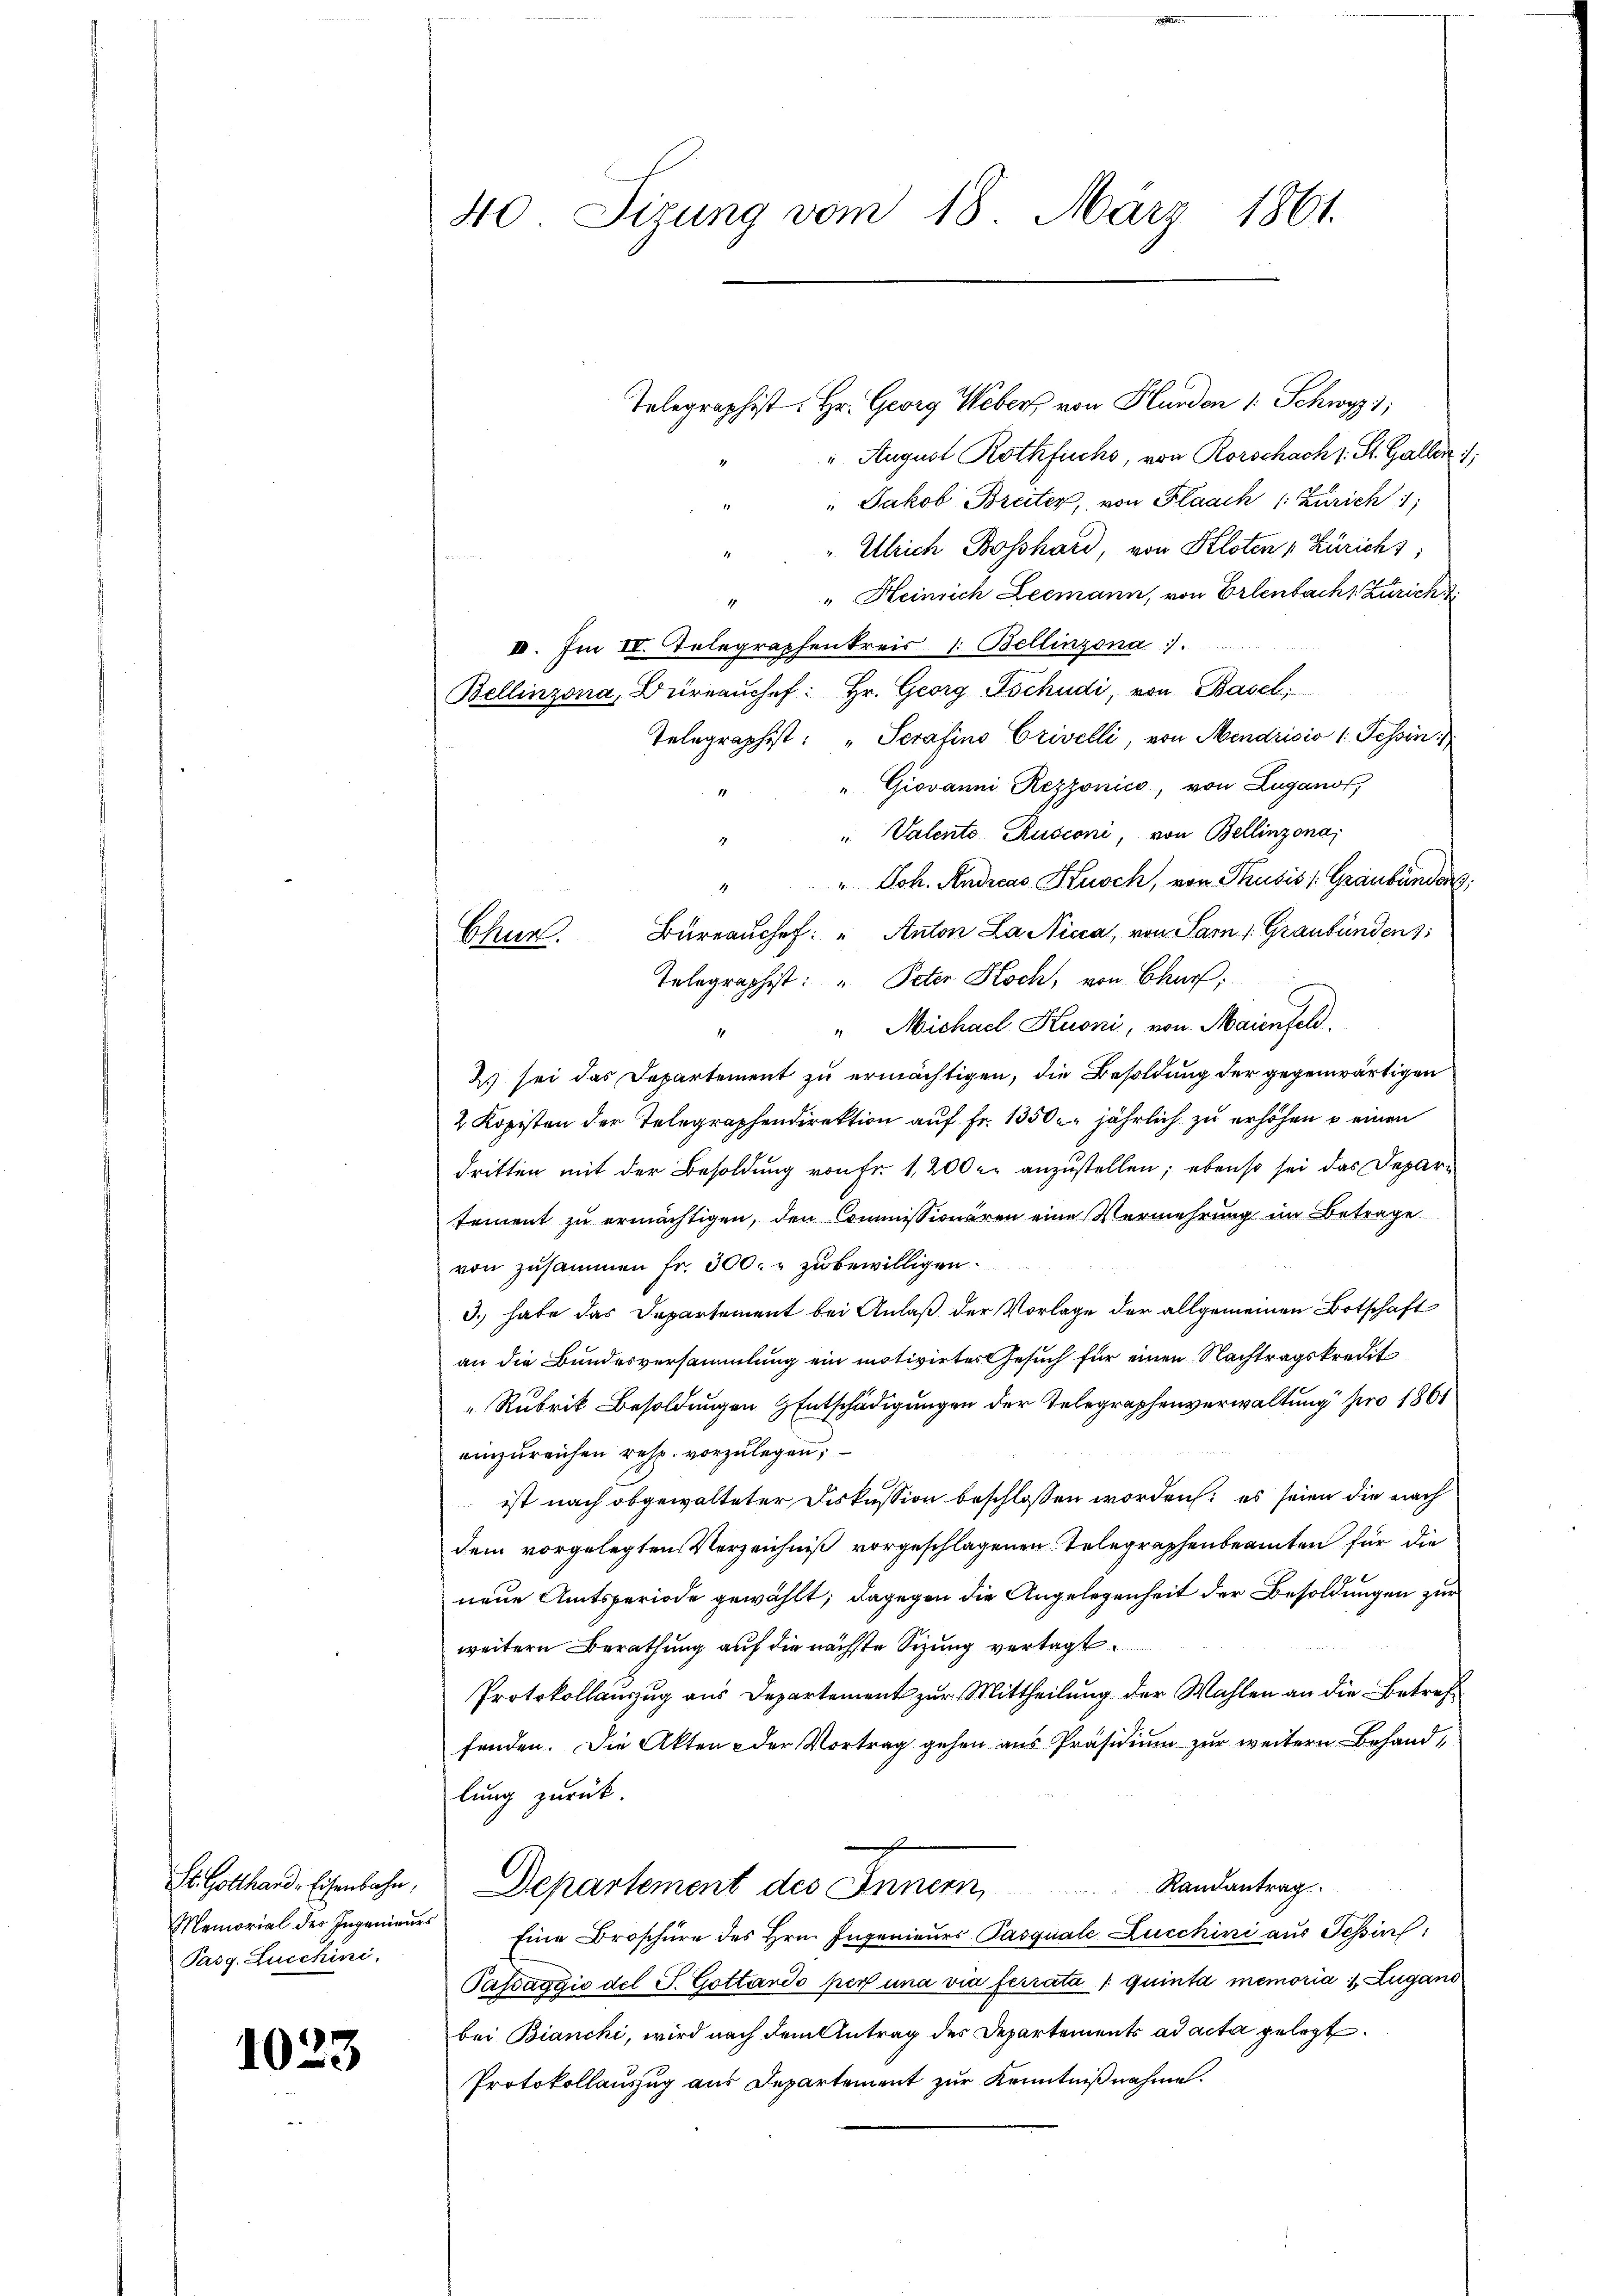
St. Gotthard, Eisenbahn,
Pasg. Lucchini,

1023

40 Sizung vom 18. März 1861.

Telegraphist. Hr. Georg Webers von Hunden 1 Schwyz;
" August Rothfuchs, von Rorschach s. St. Galler 1;
" Jakob Breiter, von Flaach (Zürich 1
" Ulrich Bosshard, von Kloten Zürichs
" " Heinrich Leemann, von Erlenbacht Züricht
II. Im IV. Telegraphenkreis 1. Bellinzona.
Bellinzona, Büreaŭchef: Hr. Georg Tschudi, von Basel,
Telegraphist: „Serafino Crivelli, von Mendrisio 1: Tessin,
" Giovanni Rezzonico, von Lugano,
17
" Valente Rusconi, von Bellinzona,
4
" " Joh. Andreas Kusch, von Thusis /: Graubünder
Chur. Büreaŭchef: " Anton La Nicca, von Par l. Graubünden,
Telegraphist: " Peter Koch, von Churf;
" Michael Kuoni, von Maienfeld.
1
2) sei das Departement zu ermächtigen, die Besoldung der gegenwärtigen
2 Kopisten der Telegraphendirektion auf Fr. 1350. jährlich zu erhöhen u einen
dritten mit der Besoldung von Fr. 1,200 er anzustellen; ebenso sei das Deparsement zu ermächtigen, den Commissionären eine Vermehrung im Betrage
von zusammen fr. 300. u zu bewilligen.
3., habe das Departement bei Anlaß der Vorlage der allgemeinen Botschaft
an die Bundesversammlung ein motivirtes Gesuch für einen Nachtragskredit
Rubrik Besoldungen Entschädigungen der Telegraphenverwaltung pro 1861
einzureichen resp. vorzulegen;
ist nach obgewalteter Diskussion beschlossen worden; es seien die nach
dem vorgelegten Verzeichniß vorgeschlagenen Telegraphenbeamten für die
neue Amtsperiode gewählt; dagegen die Angelegenheit der Besoldungen zur
weitern Berathung auf die nächste Sizung vertagt
Protokollauszug aus Departement zur Mittheilung der Wahlen an die Betreffanden. Die Akten & der Vortrag gehen aus Präsidium zur weitern Behandlung zurück.
7
Departement des Innern Randantrag
Memorial des Ingenieŭr Eine Broschüre des Hrn. Ingenieurs Pasquale Lucchini aus Tessin
Passaggio del S. Gottando per una via ferrata / quinta memoria 1. Zugans
bei Bianchi, wird nach dem Antrag des Departements ad acta gelegt.
Protokollauszug aus Departement zur Kenntnißnahme.